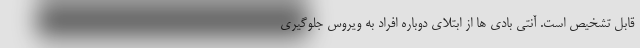
قابل تشخیص است. آنتي بادي ها از ابتلای دوباره افراد به ويروس جلوگيري